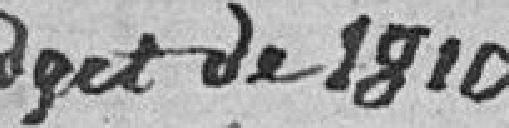
Budget de 1820